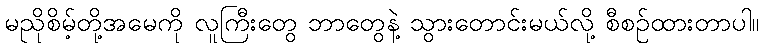
မညိုစိမ့်တို့အမေကို လူကြီးတွေ ဘာတွေနဲ့ သွားတောင်းမယ်လို့ စီစဉ်ထားတာပါ။